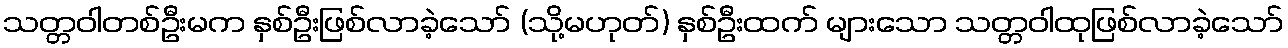
သတ္တဝါတစ်ဦးမက နှစ်ဦးဖြစ်လာခဲ့သော် (သို့မဟုတ်) နှစ်ဦးထက် များသော သတ္တဝါထုဖြစ်လာခဲ့သော်